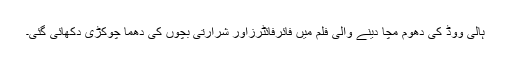
ہالی ووڈ کی دھوم مچا دینے والی فلم میں فائرفائٹرزاور شرارتی بچوں کی دھما چوکڑی دکھائی گئی۔